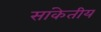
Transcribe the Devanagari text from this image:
सांकेतीय